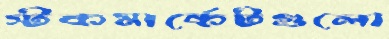
স্টকমার্কেটগুলো